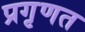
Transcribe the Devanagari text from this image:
प्रगृणत